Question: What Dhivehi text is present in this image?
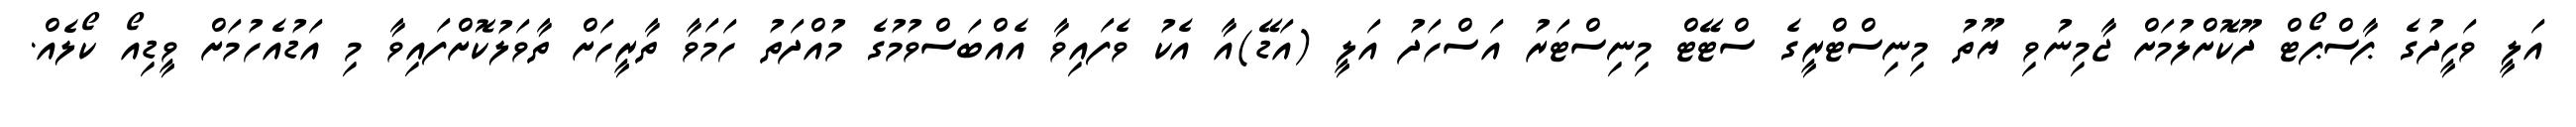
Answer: އަލީ ވަހީދުގެ ޕާސްޕޯޓް ދޫކޮށްލުމަށް ޖާމިނުވި ޔޫތު މިނިސްޓްރީގެ ސްޓޭޓް މިނިސްޓަރު އަސްހަދު އަލީ (އަޑޭ)އާ އެކު ވެފައިވާ އެއްބަސްވުމުގެ މުއްދަތު ހަމަވާ ތާރީހަށް ތާވަލުކޮށްފައިވާ މި އަޑުއެހުމަށް ވީޑިއޯ ކޯލެއް.